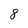
Character: 8